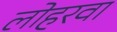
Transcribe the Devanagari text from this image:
लोहरवा